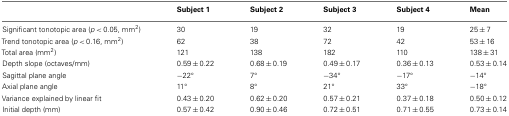
|  | Subject 1 | Subject 2 | Subject 3 | Subject 4 | Mean |
 | --- | --- | --- | --- | --- | --- |
 | Significant tonotopic area (p < 0.05, mm2) | 30 | 19 | 32 | 19 | 25 ± 7 |
 | Trend tonotopic area (p < 0.16, mm2) | 62 | 38 | 72 | 42 | 53 ± 16 |
 | Total area (mm2) | 121 | 138 | 182 | 110 | 138 ± 31 |
 | Depth slope (octaves/mm) | 0.59 ± 0.22 | 0.68 ± 0.19 | 0.49 ± 0.17 | 0.36 ± 0.13 | 0.53 ± 0.14 |
 | Sagittal plane angle | −22° | 7° | −34° | −17° | −14° |
 | Axial plane angle | 11° | 8° | 21° | 33° | −18° |
 | Variance explained by linear fit | 0.43 ± 0.20 | 0.62 ± 0.20 | 0.57 ± 0.21 | 0.37 ± 0.18 | 0.50 ± 0.12 |
 | Initial depth (mm) | 0.57 ± 0.42 | 0.90 ± 0.46 | 0.72 ± 0.51 | 0.71 ± 0.55 | 0.73 ± 0.14 |